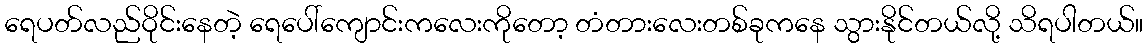
ရေပတ်လည်ဝိုင်းနေတဲ့ ရေပေါ်ကျောင်းကလေးကိုတော့ တံတားလေးတစ်ခုကနေ သွားနိုင်တယ်လို့ သိရပါတယ်။